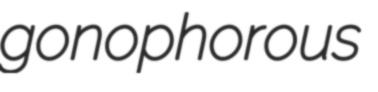
gonophorous